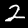
Label: 2